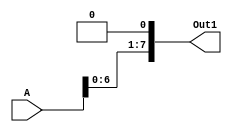
`timescale 1ns / 1ps

/*------------------------------------------------
 * Module:    Logical Left Shift
 -----------------------------------------------*/
 
 /************************************************ 
 // [INPUTS]
 // Operand:			A (8-bit)
 
 // [OUTPUTS]
 // Shifted Output:	Out1 (8-bit)
 ************************************************/
 
module ShiftLeft(
	input [7:0] A,
	output [7:0] Out1
);

	assign Out1 = A << 1;
	
endmodule